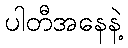
ပါတီအနေနဲ့